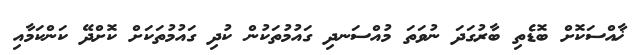
ޚާއްސަކޮށް ބޮޑެތި ބާރުގަދަ ނުވަތަ މުއްސަނދި ގައުމުތަކުން ކުދި ގައުމުތަކަށް ކޮށްދޭ ކަންކަމާއި